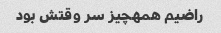
راضیم همهچیز سر وقتش بود